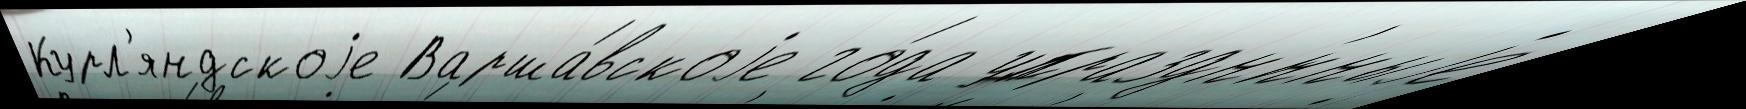
Курл'яндскоjе Варша́вскоjе го́да упраздн'́нныjе